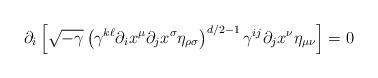
LaTeX: \begin{align*}\partial_i \left[ \sqrt{-\gamma} \left( \gamma^{k\ell} \partial_i x^{\mu}\partial_j x^{\sigma} \eta_{\rho \sigma} \right) ^{d/2 -1} \gamma^{ij}\partial_j x^{\nu} \eta_{\mu \nu} \right] = 0\end{align*}